Leaving Certificate, 1899
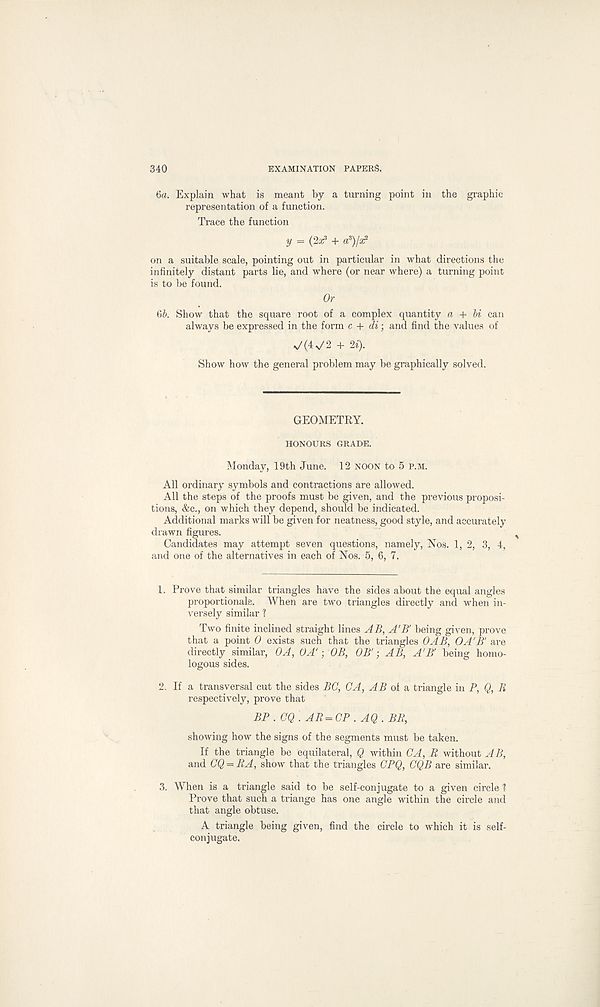
340
EXAMINATION PAPERS.
6a. Explain what is meant by a turning point in the graphic
representation of a function.
Trace the function
y = (2« 3 + a 3 ) 13?
on a suitable scale, pointing out in particular in what directions the
infinitely distant parts lie, and where (or near where) a turning point
is to be found.
Or
6b. Show that the square root of a complex quantity a + hi can
always be expressed in the form c + di; and find the values of
^(4^2 + 2i).
Show how the general problem may be graphically solved.
GEOMETRY.
HONOURS GRADE.
Monday, 19th June. 12 noon to 5 p.m.
All ordinary symbols and contractions are allowed.
All the steps of the proofs must be given, and the previous proposi-
tions, &c., on which they depend, should be indicated.
Additional marks will be given for neatness, good style, and accurately
drawn figures.
Candidates may attempt seven questions, namely, Nos. 1, 2, 3, 4,
and one of the alternatives in each of Nos. 5, 6, 7.
1. Prove that similar triangles have the sides about the equal angles
proportionals. When are two triangles directly and when in-
versely similar 1
Two finite inclined straight lines AB, A'B' being given, prove
that a point 0 exists such that the triangles OAB, OA'B' are
directly similar, OA, OA'; OB, OB'; AB, A'B' being homo-
logous sides.
2. If a transversal cut the sides BC, CA, AB of a triangle in P, Q, R
respectively, prove that
BP . OQ . AR = CP . AQ . BB,
showing how the signs of the segments must be taken.
If the triangle be equilateral, Q within CA, R without A B,
and CQ = BA, show that the triangles CPQ, CQB are similar.
3. When is a triangle said to be self-conjugate to a given circle ?
Prove that such a triange has one angle within the circle and
that angle obtuse.
A triangle being given, find the circle to which it is self-
conjugate.